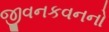
જીવનકવનનો